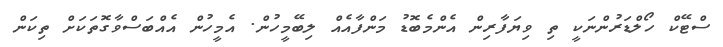
ސްޓޭކް ހޯލްޑަރުންނަކީ ތި ވިޔަފާރިން އެންމެބޮޑު މަންފާއެއް ލިބޭމީހުން. އެމީހުން އެއްބަސްވާގޮތަކަށް ތިކަން